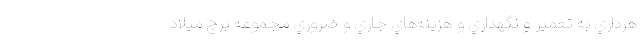
هرداري به تعمير و نگهداري و هزينه‌هاي جاري و ضروري مجموعه برج ميلاد